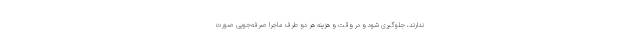
ندارند، جلوگیری شود و در وقت و هزینه هر دو طرف ماجرا صرفه‌جویی صورت